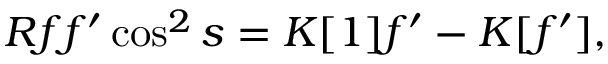
R f f ^ { \prime } \cos ^ { 2 } s = K [ 1 ] f ^ { \prime } - K [ f ^ { \prime } ] ,